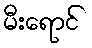
မီးရောင်